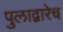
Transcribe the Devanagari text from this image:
पुलाद्वारेच